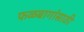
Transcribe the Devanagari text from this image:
फळबागांसाठी